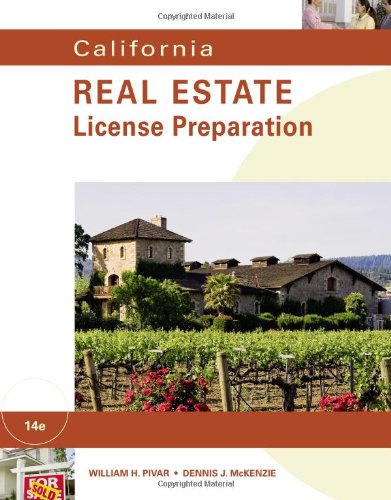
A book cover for CALIFORNIA REAL ESTATE LICENSE PREPARATION; William H. Pivar; Business & Money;